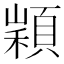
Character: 𩓵